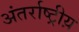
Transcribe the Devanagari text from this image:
अंतर्राष्ट्रीय़